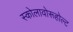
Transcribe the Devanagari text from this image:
स्कोलावोरूहोल्ट